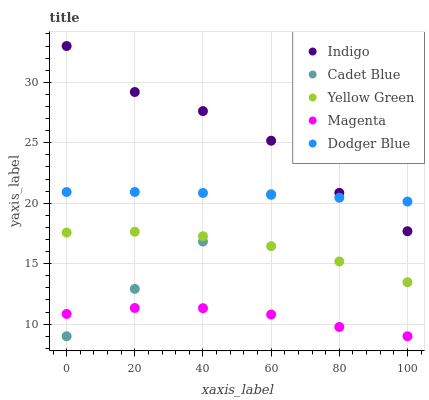
| xaxis_label | Indigo | Cadet Blue | Yellow Green | Magenta | Dodger Blue |
 | --- | --- | --- | --- | --- | --- |
 | 0 | 33 | 9 | 17.6 | 10.8 | 20.9 |
 | 20 | 29.2 | 12.9 | 17.6 | 11.3 | 20.9 |
 | 40 | 27.6 | 16.8 | 17.3 | 11.3 | 20.9 |
 | 60 | 25.2 | 20.7 | 16.4 | 10.8 | 20.7 |
 | 80 | 20.9 | 24.7 | 15.2 | 9.77 | 20.5 |
 | 100 | 17.7 | 28.6 | 13.5 | 9 | 20.1 |